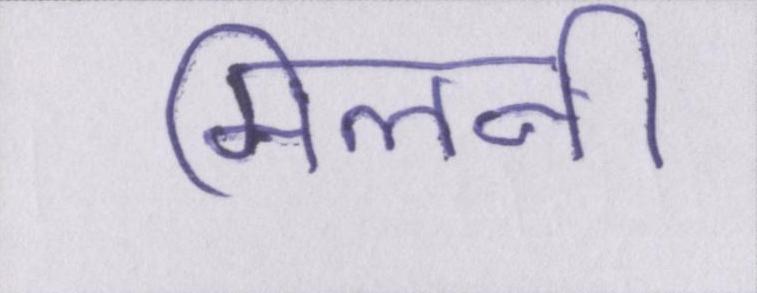
मिलनी